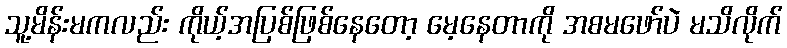
သူ့မိန်းမကလည်း ကိုယ့်အပြစ်ဖြစ်နေတော့ မေ့နေတာကို အစမဖော်ပဲ မသိလိုက်